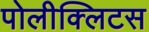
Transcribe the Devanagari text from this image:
पोलीक्लिटस